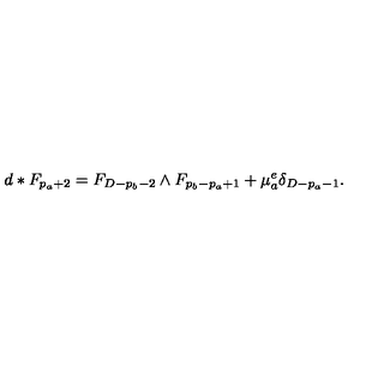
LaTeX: d * F _ { p _ { a } + 2 } = F _ { D - p _ { b } - 2 } \wedge F _ { p _ { b } - p _ { a } + 1 } + \mu _ { a } ^ { e } \delta _ { D - p _ { a } - 1 } .